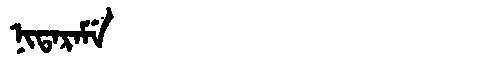
Manchu: ᠨᡳᡨᠠᡵᠠᠮᡝ
Romanization: NITARAME